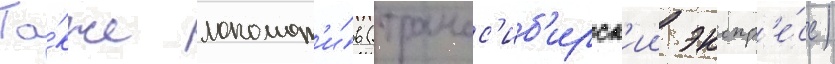
Та́кже локомот'и́в (трансс'иб'ирск'ии экспр'е́сс)